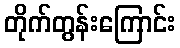
တိုက်တွန်းကြောင်း